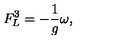
F _ { L } ^ { 3 } = - \frac { 1 } { g } \omega ,